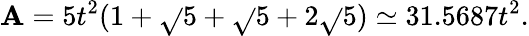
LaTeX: \mathbf{A}={5}t^{2}(1+{\sqrt{}{{5}}}+{\sqrt{}{{5+2{\sqrt{}{{5}}}}}})\simeq31.5687t^{2}.